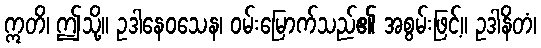
ဣတိ၊ ဤသို့။ ဥဒါနေဝသေန၊ ဝမ်းမြောက်သည်၏ အစွမ်းဖြင့်။ ဥဒါနိတံ၊